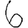
Digit: 6